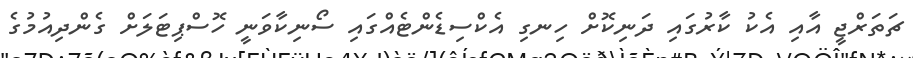
ޗަތަރްޖީ އާއި އެކު ކާރުގައި ދަނިކޮށް ހިނގި އެކްސިޑެންޓެއްގައި ސޯނިކާވަނީ ހޮސްޕިޓަލަށް ގެންދިއުމުގެ